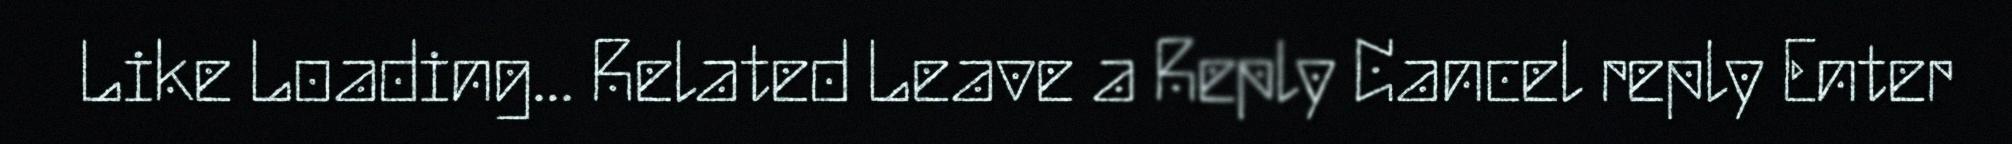
Like Loading... Related Leave a Reply Cancel reply Enter